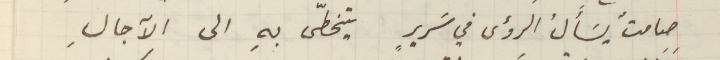
صامتٌ يسَأَلُ الرؤس في سريرِ يتخطّى بهِ الى الآجالِ